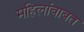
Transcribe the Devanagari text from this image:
महिलांबाबत